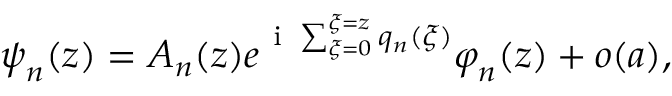
\boldsymbol { \psi } _ { n } ( z ) = A _ { n } ( z ) e ^ { \mathrm { ~ i ~ } \sum _ { \xi = 0 } ^ { \xi = z } q _ { n } ( \xi ) } \boldsymbol { \varphi } _ { n } ( z ) + o ( a ) ,